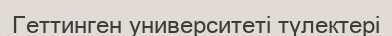
Геттинген университеті түлектері